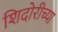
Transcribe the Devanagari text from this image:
शिदोरीच्या